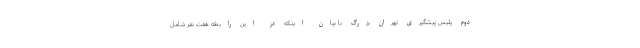
دوم پلیس پیشگیری تهران بزرگ با بیان اینکه در این رابطه هفت نفر شامل